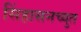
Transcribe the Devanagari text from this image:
सिंहासनच्युत